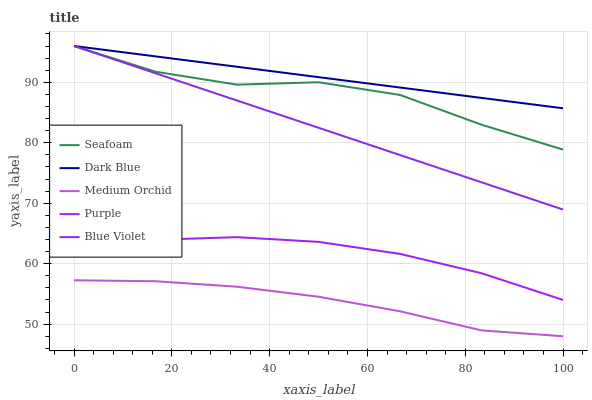
| xaxis_label | Seafoam | Dark Blue | Medium Orchid | Purple | Blue Violet |
 | --- | --- | --- | --- | --- | --- |
 | 0 | 96 | 96 | 57.3 | 62.3 | 96 |
 | 16.7 | 91.7 | 94.3 | 57.1 | 64 | 91.5 |
 | 33.3 | 89.6 | 92.6 | 56.2 | 64.4 | 87 |
 | 50 | 90 | 90.9 | 54.5 | 63.6 | 82.5 |
 | 66.7 | 87.9 | 89.1 | 52.1 | 61.6 | 78 |
 | 83.3 | 83 | 87.4 | 49 | 58.4 | 73.5 |
 | 100 | 78.9 | 85.7 | 48 | 54 | 69 |